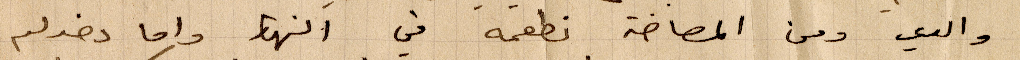
والدي ومن المصاخة نطعمه في النهار واما دخول